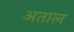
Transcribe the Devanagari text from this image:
अताल